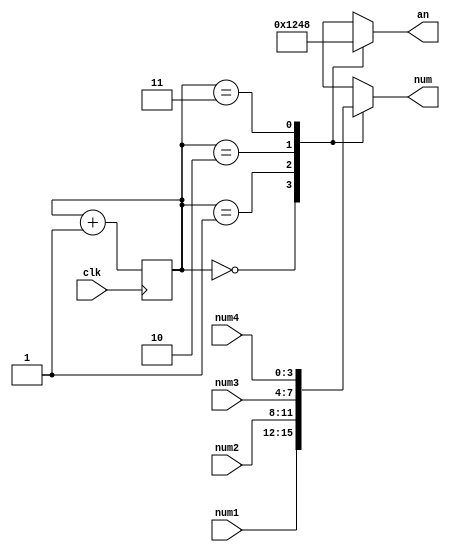
module tdm(num, an, num1, num2, num3, num4, clk);
output reg[3:0] num;
output reg[3:0] an;
// hex inputs
input [3:0] num1;
input [3:0] num2;
input [3:0] num3;
input [3:0] num4;
input clk;

reg [1:0] counter;
reg cout;

initial begin 
    counter = 3'b000;
end

always @(posedge clk) begin
    counter = counter + 1;
end

always @(counter) begin
    case (counter)
        2'b00: an = 4'b0001;
        2'b01: an = 4'b0010;
        2'b10: an = 4'b0100;
        2'b11: an = 4'b1000;
    endcase
end
always @(counter or num4 or num3 or num2 or num1) begin
    case (counter)
        2'b00: num = num1;
        2'b01: num = num2;
        2'b10: num = num3;
        2'b11: num = num4;
    endcase
end
endmodule